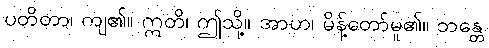
ပတိတာ၊ ကျ၏။ ဣတိ၊ ဤသို့။ အာဟ၊ မိန့်တော်မူ၏။ ဘန္တေ